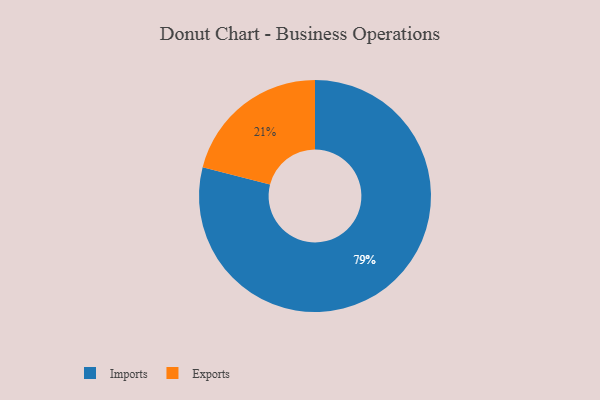
{"axis": {"x": "Category", "y": "Percentage"}, "legend": ["Exports", "Imports"], "data": [{"x": "Imports", "y": 79, "type": "Imports"}, {"x": "Exports", "y": 21, "type": "Exports"}]}